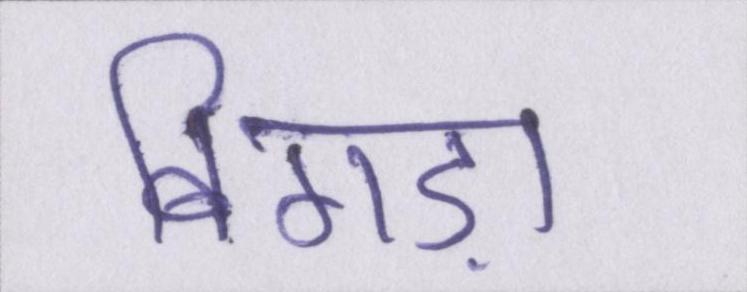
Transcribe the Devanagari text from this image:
बिगड़ा